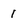
Character: 1